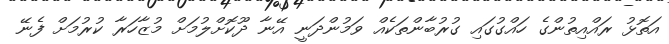
އަތޮޅު ރައްއިތުންގެ ހައްގުގައި ގުރުބާންތަކެއް ވަމުންދަނީ އޭނާ ދޫކޮށްލުމަށް މުޒާހަރާ ކުރުމަށް ފެނޭ